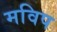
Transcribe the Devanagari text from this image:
मविप